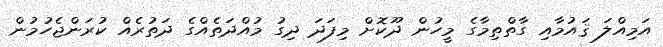
އަމިއްލަ ޤައުމާއި ގާތްތިމާގެ މީހުން ދޫކޮށް މިފަދަ ދިގު މުއްދަތެއްގެ ދަތުރެއް ކުރަންޖެހުމުން